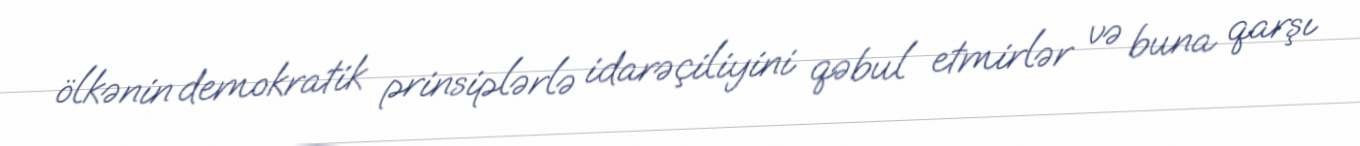
ölkənin demokratik prinsiplərlə idarəçiliyini qəbul etmirlər və buna qarşı